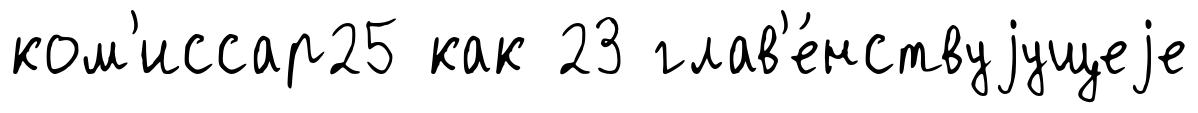
ком'иссар25 как 23 глав'е́нствуjущеjе